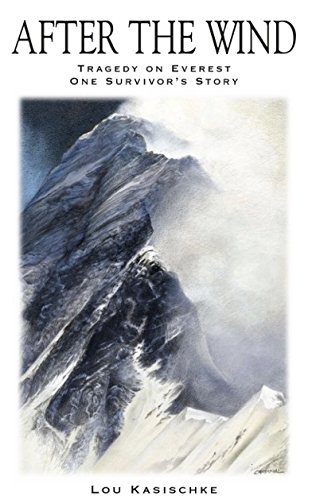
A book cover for After the Wind: Tragedy on Everest - One Survivor's Story; Lou Kasischke; Sports & Outdoors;